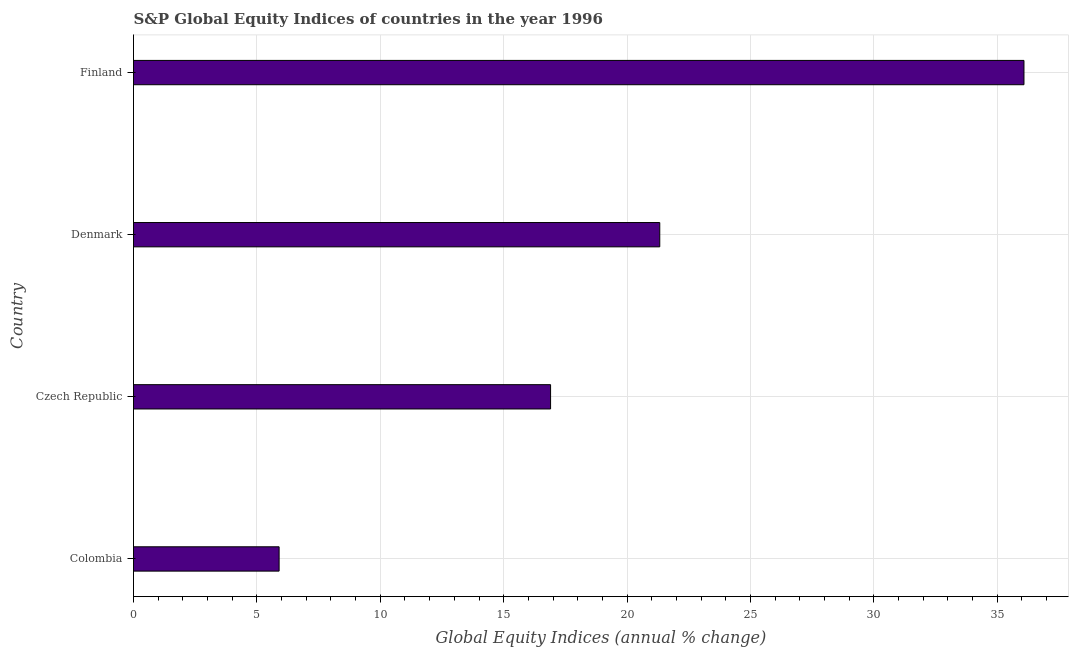
| Country | S&P Global Equity Indices |
 | --- | --- |
 | Colombia | 5.9 |
 | Czech Republic | 16.9 |
 | Denmark | 21.3 |
 | Finland | 36.1 |